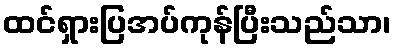
ထင်ရှားပြအပ်ကုန်ပြီးသည်သာ၊